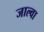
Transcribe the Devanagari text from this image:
जाल्वा